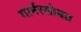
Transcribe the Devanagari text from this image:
गार्नरसोबत